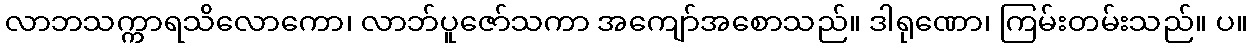
လာဘသက္ကာရသိလောကော၊ လာဘ်ပူဇော်သကာ အကျော်အစောသည်။ ဒါရုဏော၊ ကြမ်းတမ်းသည်။ ပ။